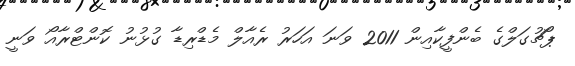
ޕޯޗުގަލްގެ ބެންފީކާއިން 2011 ވަނަ އަހަރު ރެއާލް މެޑްރިޑާ ގުޅުނު ކޮންޓްރާއޯ ވަނީ